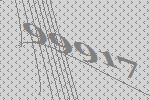
99917